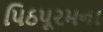
પિઠપૂરમના